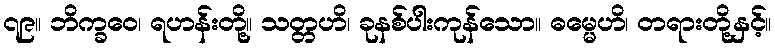
၇၉။ ဘိက္ခဝေ၊ ရဟန်းတို့။ သတ္တဟိ၊ ခုနစ်ပါးကုန်သော။ ဓမ္မေဟိ၊ တရားတို့နှင့်။